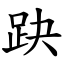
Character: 趹